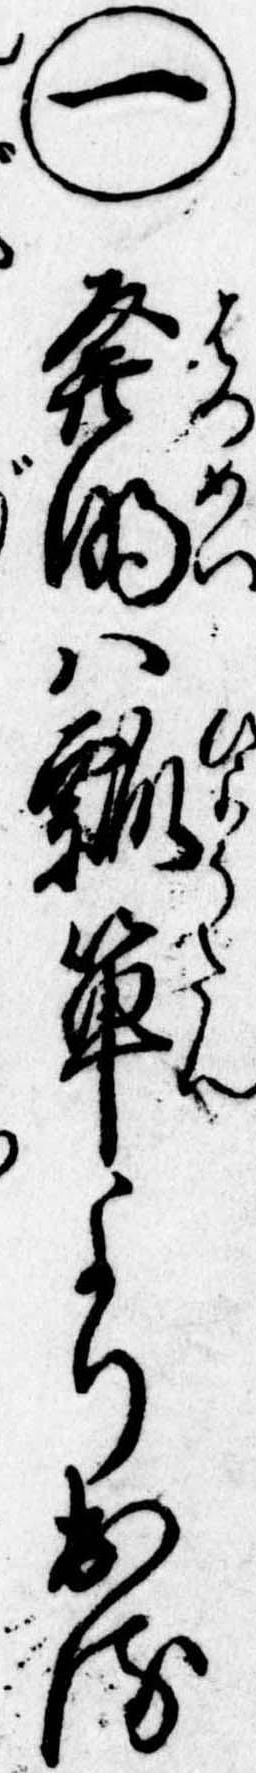
㊀発明は瓢箪より出る